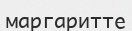
маргаритте